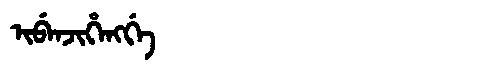
Manchu: ᡳᠪᡝᠨᠵᡳᡥᡝᠩᡤᡝ
Romanization: IBENJIHENGGE